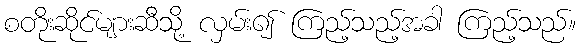
စတိုးဆိုင်များဆီသို့ လှမ်း၍ ကြည့်သည့်အခါ ကြည့်သည်။